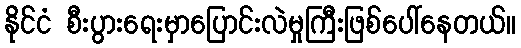
နိုင်ငံ စီးပွားရေးမှာပြောင်းလဲမှုကြီးဖြစ်ပေါ်နေတယ်။